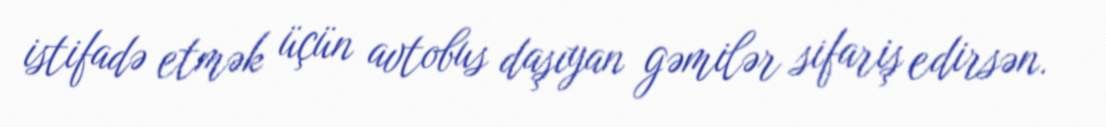
istifadə etmək üçün avtobus daşıyan gəmilər sifariş edirsən.